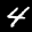
Label: 4